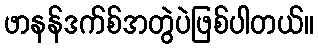
ဖာနန်ဒက်စ်အတွဲပဲဖြစ်ပါတယ်။